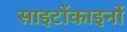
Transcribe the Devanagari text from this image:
साइटोंकाइनों